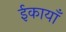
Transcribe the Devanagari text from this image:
ईकायाँ